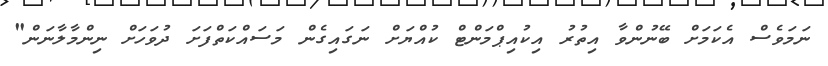
ނަމަވެސް އެކަމަށް ބޭނުންވާ އިތުރު އިކުއިޕްމަންޓް ކުއްޔަށް ނަގައިގެން މަސައްކަތްފަށަ ދުވަހަށް ނިންމާލާނަން"